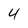
Character: 4